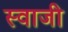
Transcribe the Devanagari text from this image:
स्वाजी